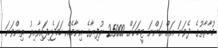
މުބާރާތުގެ ދެވަނަ އަށް އަންނަ ޓީމަކަށް 25000 ރުފިޔާގެ އިނާމެއް ހަމަޖެހިފައިވާއިރު ތިންވަނަ